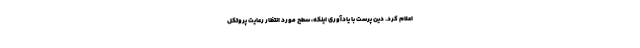
اعلام کرد. دین پرست با یادآوری اینکه، سطح مورد انتظار رعایت پروتکل